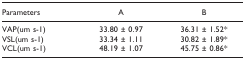
<table><thead><tr><td><b>Parameters</b></td><td><b>A</b></td><td><b>B</b></td></tr></thead><tbody><tr><td>VAP(um s-1)</td><td>33.80 ± 0.97</td><td>36.31 ± 1.52*</td></tr><tr><td>VSL(um s-1)</td><td>33.34 ± 1.11</td><td>30.82 ± 1.89*</td></tr><tr><td>VCL(um s-1)</td><td>48.19 ± 1.07</td><td>45.75 ± 0.86*</td></tr></tbody></table>